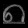
Digit: ၈